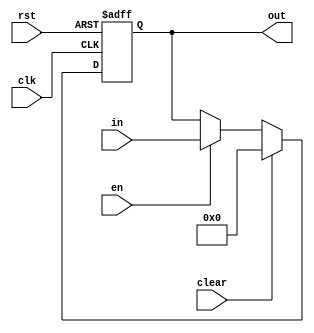
`timescale 1ns / 1ps
//////////////////////////////////////////////////////////////////////////////////
// Company: 
// Engineer: 
// 
// Design Name: 
// Module Name: FlopEnRC
// Project Name: 
// Target Devices: 
// Tool Versions: 
// Description: 
// 
// Dependencies: 
// 
// Revision:
// Revision 0.01 - File Created
// Additional Comments:
// 
//////////////////////////////////////////////////////////////////////////////////


module FlopEnRC #(parameter WIDTH = 32)(
    input wire clk,
    input wire en,
    input wire rst,
    input wire clear,
    input wire [WIDTH-1:0] in,
    output reg [WIDTH-1:0] out
    );

    always @(posedge clk, posedge rst) begin
        if (rst) begin
            out <= {WIDTH{1'b0}};
        end else if (clear) begin
            out <= {WIDTH{1'b0}};
        end else if (en) begin
            out <= in;
        end
    end

endmodule